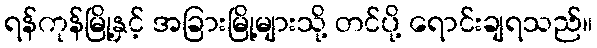
ရန်ကုန်မြို့နှင့် အခြားမြို့များသို့ တင်ပို့ ရောင်းချရသည်။